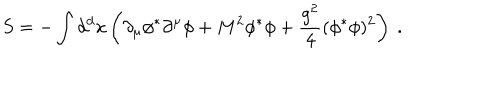
LaTeX: S = - \int d ^ { d } x \left( \partial _ { \mu } \phi ^ { * } \partial ^ { \mu } \phi + M ^ { 2 } \phi ^ { * } \phi + \frac { g ^ { 2 } } { 4 } ( \phi ^ { * } \phi ) ^ { 2 } \right) \ .